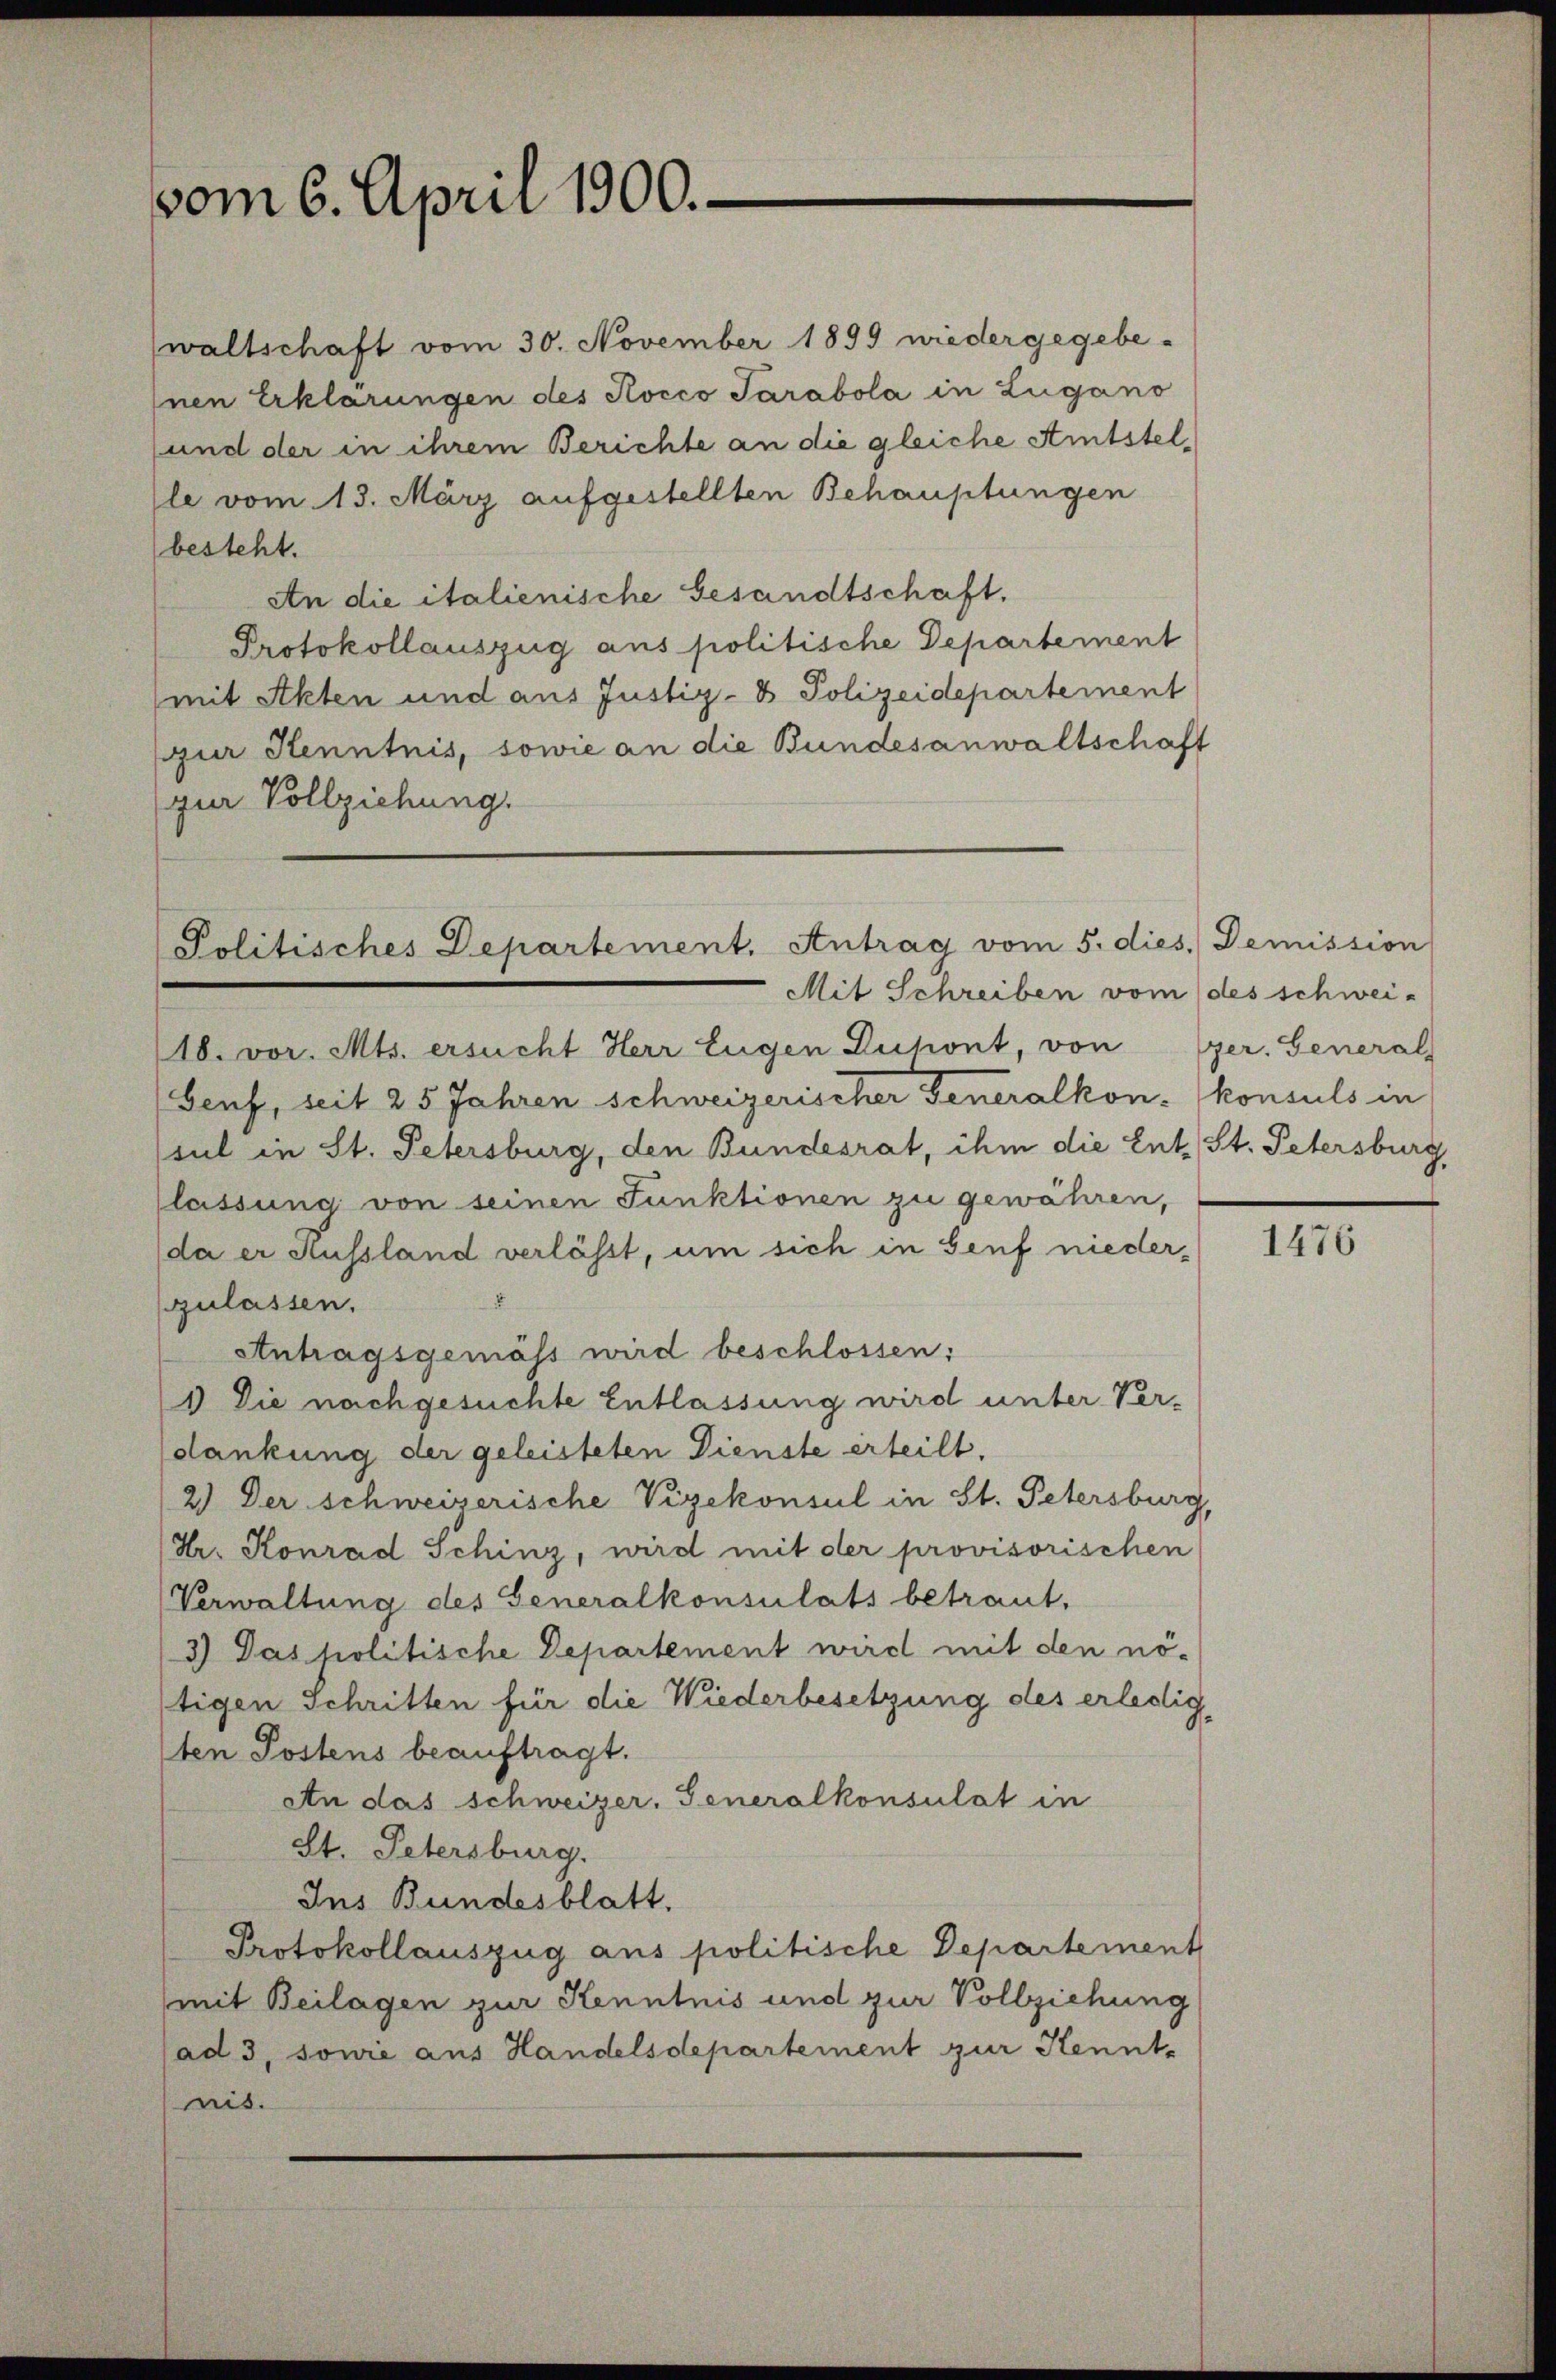
vom 6. April 1900.

waltschaft vom 30. November 1899 wiedergegebe-
nen Erklärungen des Kocco Sarabola in Zugano
und der in ihrem Berichte an die gleiche Amtstelle vom 13. März aufgestellten Behauptungen
besteht.
An die italienische Gesandtschaft.
Protokollauszug aus politische Departement
(mit Akten und aus Justiz- & Polizeidepartement
zur Kenntnis, sowie an die Bundesanwaltschaft
gur Vollziehung.

Politisches Departement. Antrag vom 5. dies. Demission
Mit Schreiben vom des schwei-

18. vor. Mts. ersucht Herr Eugen Duchont, von (zer. General
Senf, seit 25 Jahren Schweizerischer Generalkon konsuls in
sul in St. Petersburg, den Bundesrat, ihm die Ent. St. Petersburg,
lassung von seinen Funktionen zu gewähren,
(da er Hussland verlässt, um sich in Senf nieder¬
.
zulassen.
Antragsgemäss wird beschlossen:
1 Die nachgesuchte Entlassung wird unter Ver-
dankung der geleisteten Dienste erteilt.
2.) Der Schweizerische Vizekonsul in St. Petersburg
Hr. Konrad Schinz, wird mit der provisorischen
Verwaltung des Generalkonsulats betraut.
3) Das politische Departement wird mit den nö-
tigen Schritten für die Wiederbesetzung des erledig
ten Postens beauftragt.
An das Schweizer. Generalkonsulat in
St. Petersburg.
Ins Bundesblatt.
Protokollauszug aus politische Departement
mit Beilagen zur Kenntnis und zur Vollziehung
(ad 3, sowie aus Handelsdepartement zur Kennt-
nis.

1476